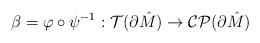
LaTeX: \begin{align*}\beta = \varphi \circ \psi^{-1} : {\cal T}(\partial \hat{M}) \to {\cal CP}(\partial \hat{M})\end{align*}